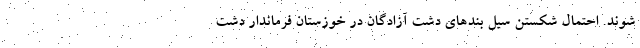
شوند. احتمال شکستن سیل بندهای دشت آزادگان در خوزستان فرماندار دشت